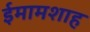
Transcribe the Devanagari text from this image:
ईमामशाह